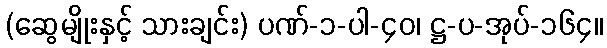
(ဆွေမျိုးနှင့် သားချင်း) ပဏ်-၁-ပါ-၄၀၊ ဋ္ဌ-ပ-အုပ်-၁၆၄။